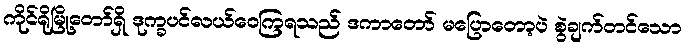
ကိုင်ရိုမြို့တော်ရှိ ဒုက္ခပင်လယ်ဝေကြရသည် ဒကာတော် မပြောတော့ပဲ စွဲချက်တင်သော